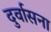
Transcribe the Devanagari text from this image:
दुर्वासना